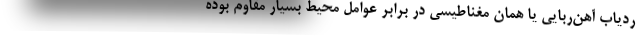
ردیاب آهن‌ربایی یا همان مغناطیسی در برابر عوامل محیط بسیار مقاوم بوده